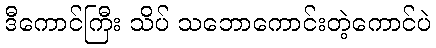
ဒီကောင်ကြီး သိပ် သဘောကောင်းတဲ့ကောင်ပဲ